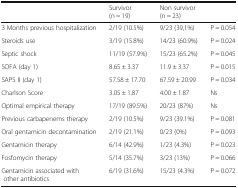
|  | Survivor (n = 19) | Non survivor (n = 23) |  |
 | --- | --- | --- | --- |
 | 3 Months previous hospitalization | 2/19 (10.5%) | 9/23 (39,1%) | P = 0.054 |
 | Steroids use | 3/19 (15.8%) | 14/23 (60.9%) | P = 0.024 |
 | Septic shock | 11/19 (57.9%) | 15/23 (65.2%) | P = 0.045 |
 | SOFA (day 1) | 8.65 ± 3.37 | 11.9 ± 3.37 | P = 0.015 |
 | SAPS II (day 1) | 57.58 ± 17.70 | 67.59 ± 20.99 | P = 0.034 |
 | Charlson Score | 3.05 ± 1.87 | 4.00 ± 1.87 | Ns |
 | Optimal empirical therapy | 17/19 (89.5%) | 20/23 (87%) | Ns |
 | Previous carbapenems therapy | 2/19 (10.5%) | 9/23 (39.1%) | P = 0.081 |
 | Oral gentamicin decontamination | 2/19 (21.1%) | 0/23 (0%) | P = 0.093 |
 | Gentamicin therapy | 6/14 (42.9%) | 1/23 (4.3%) | P = 0.023 |
 | Fosfomycin therapy | 5/14 (35.7%) | 3/23 (13%) | P = 0.066 |
 | Gentamicin associated with other antibiotics | 6/19 (31.6%) | 15/23 (4.3%) | P = 0.072 |